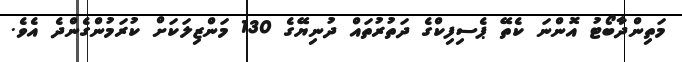
މަތިންދާބޯޓު އޮންނަ ކެތޭ ޕެސިފިކްގެ ދަތުރުތައް ދުނިޔޭގެ 130 މަންޒިލަކަށް ކުރަމުންގެންދެ އެވެ.